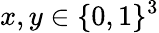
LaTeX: x,y\in\{ 0,1\} ^{3}